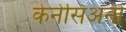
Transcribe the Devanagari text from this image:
केनेसिअनों